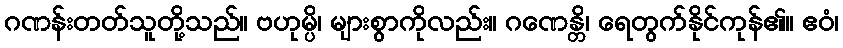
ဂဏန်းတတ်သူတို့သည်။ ဗဟုမ္ပိ၊ များစွာကိုလည်း။ ဂဏေန္တိ၊ ရေတွက်နိုင်ကုန်၏။ ဧဝံ၊